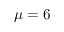
\mu = 6